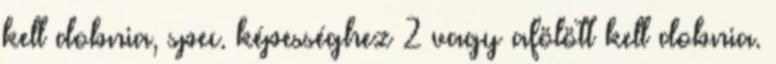
kell dobnia, spec. képességhez 2 vagy afölött kell dobnia.